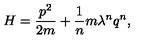
H = \frac { p ^ { 2 } } { 2 m } + \frac { 1 } { n } m \lambda ^ { n } q ^ { n } ,